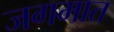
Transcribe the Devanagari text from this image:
जगमात